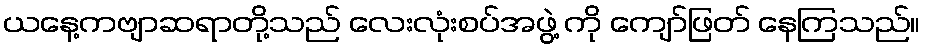
ယနေ့ကဗျာဆရာတို့သည် လေးလုံးစပ်အဖွဲ့ ကို ကျော်ဖြတ် နေကြသည်။